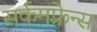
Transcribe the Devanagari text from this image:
सर्कमफ़्रेन्स